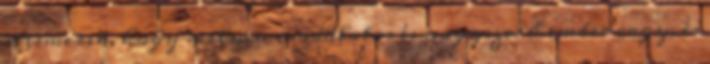
elismerik, hogy milyen csodálatos és nagyszerű ember vagy, és